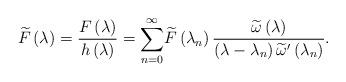
LaTeX: \begin{align*}\widetilde{F}\left( \lambda \right) =\frac{F\left( \lambda \right) }{h\left(\lambda \right) }=\overset{\infty }{\underset{n=0}{\sum }}\widetilde{F}\left( \lambda _{n}\right) \frac{\widetilde{\omega }\left( \lambda \right) }{\left( \lambda -\lambda _{n}\right) \widetilde{\omega }^{\prime }\left(\lambda _{n}\right) }. \end{align*}